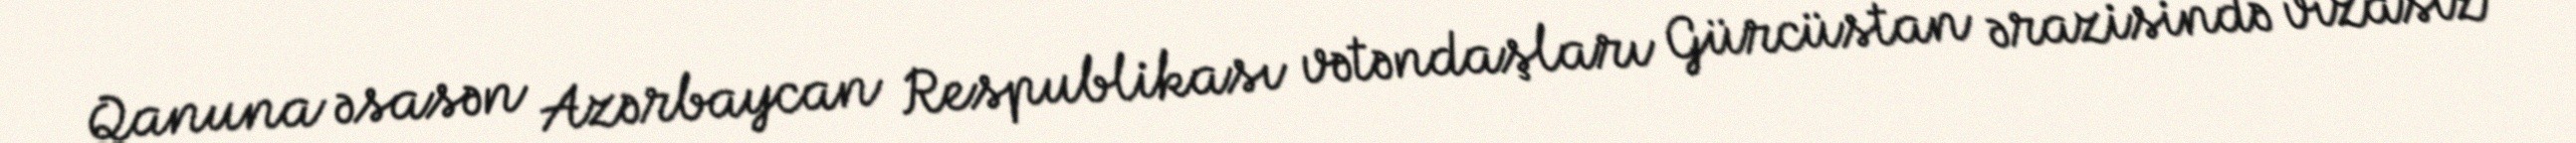
Qanuna əsasən Azərbaycan Respublikası vətəndaşları Gürcüstan ərazisində vizasız